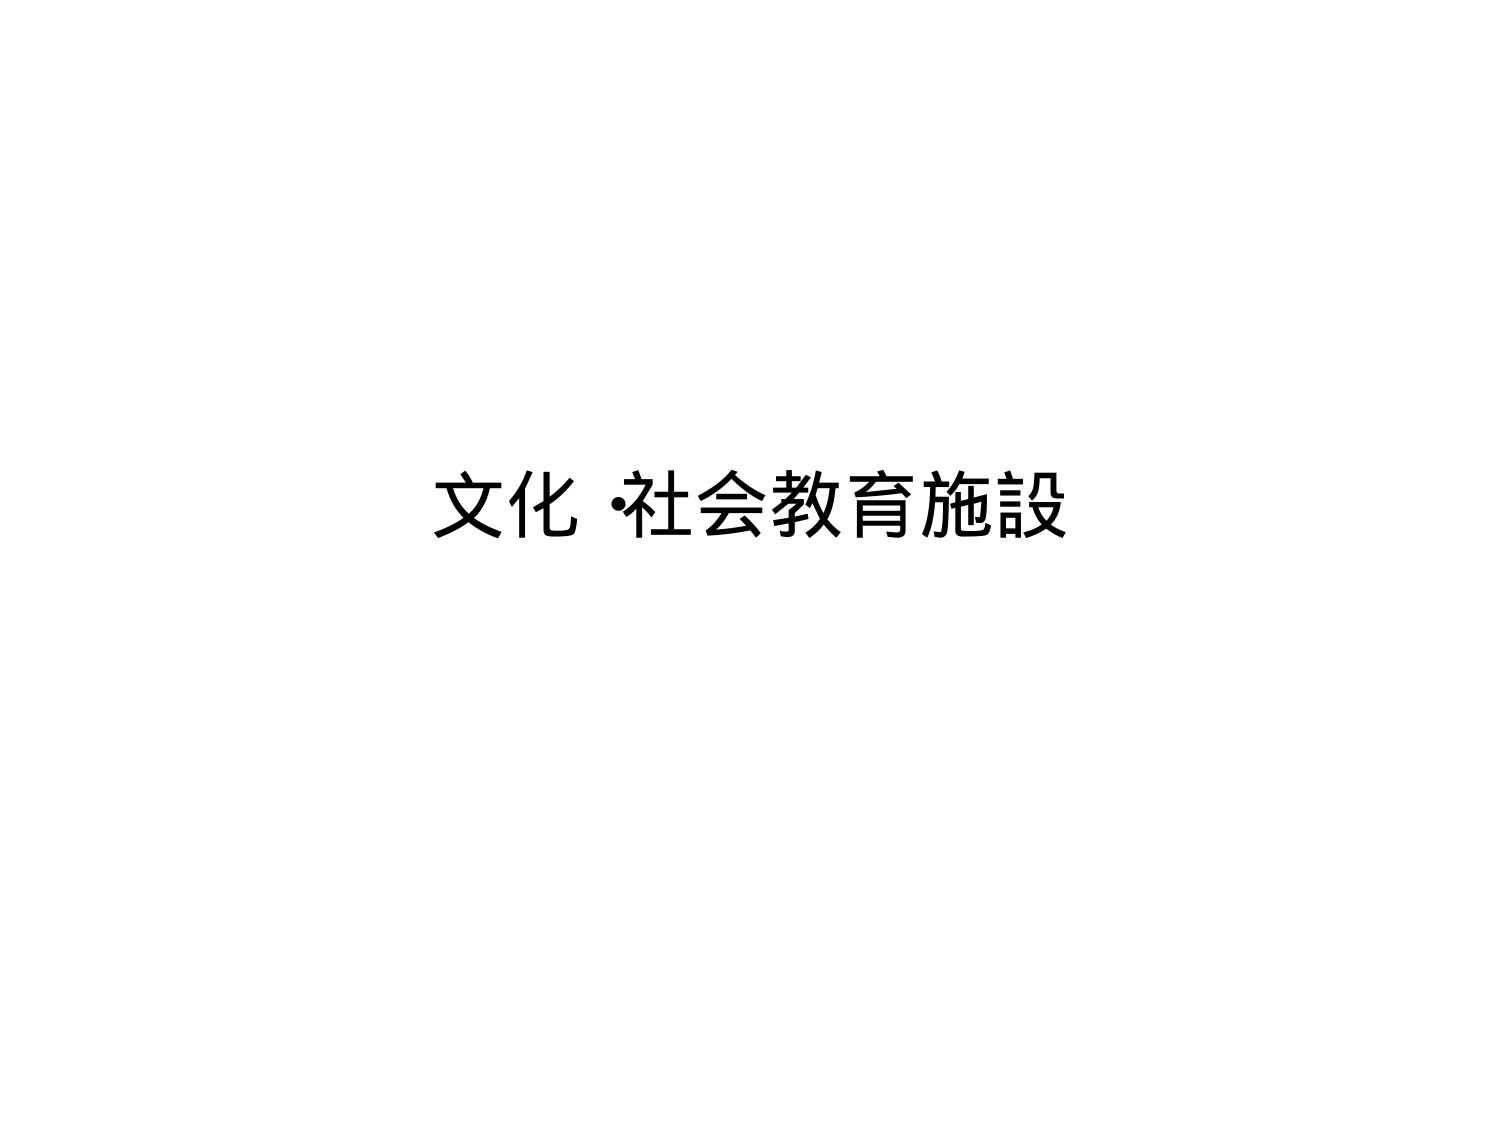
文化・社会教育施設